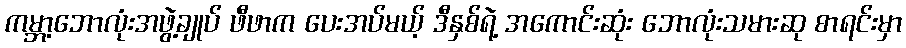
ကမ္ဘာ့ဘောလုံးအဖွဲ့ချုပ် ဖီဖာက ပေးအပ်မယ့် ဒီနှစ်ရဲ့ အကောင်းဆုံး ဘောလုံးသမားဆု စာရင်းမှာ